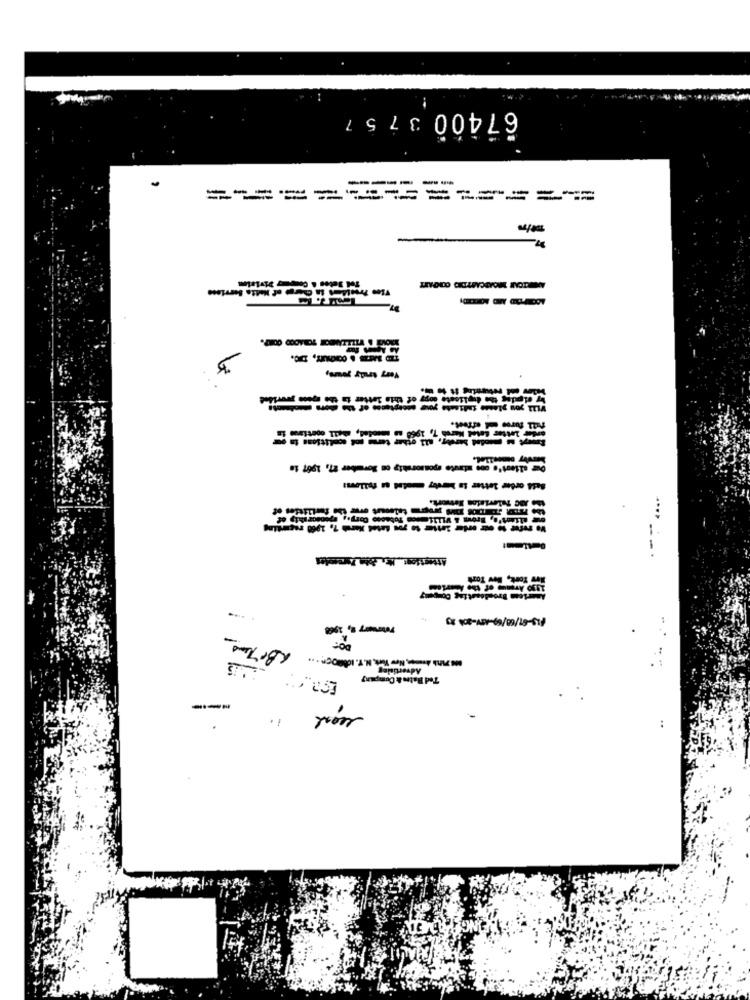
67400 3757
------
====
=
-
-4
....
--- ------------
Attention: Mt. deta Farecodes
---.
. ..
:00
.:
BappJespy
--